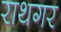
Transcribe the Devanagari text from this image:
राथगर